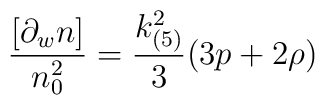
\frac{[\partial_wn]}{n_0^2}=\frac{k^2_{(5)}}{3}(3p+2\rho)